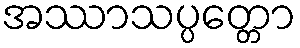
အဿာသပ္ပတ္တော